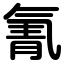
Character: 氰